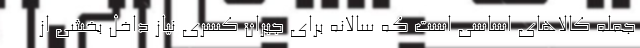
جمله کالاهای اساسی است که سالانه برای جبران کسری نیاز داخل بخشی از